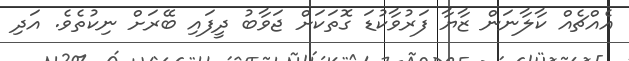
އެއްޗެއް ކާލާނަން ޒާޔާ ފަރުވާކުޑަ ގޮތަކަށް ޖަވާބު ދީފައި ބޭރަށް ނިކުތެވެ. އަދި